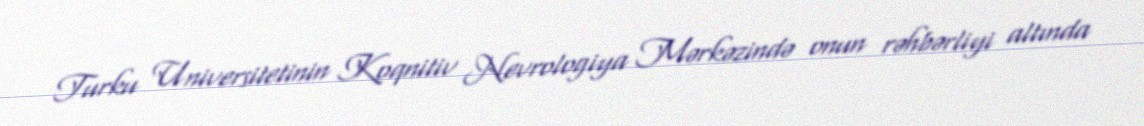
Turku Universitetinin Koqnitiv Nevrologiya Mərkəzində onun rəhbərliyi altında